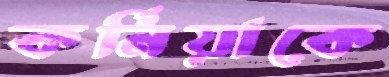
কর্নিয়াকে